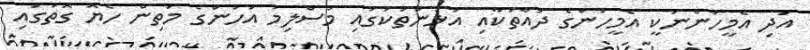
އަދި އެމީހުންނަކީ އެމީހުންގެ ދުއާތަކާއި އުޅުންތަކުގައި މުސްލިމު އަހުންގެ މަތިން ހެޔޮ ގޮތުގައި